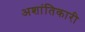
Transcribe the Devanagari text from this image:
अशांतिकारी